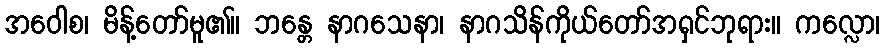
အဝေါစ၊ မိန့်တော်မူ၏။ ဘန္တေ နာဂသေနာ၊ နာဂသိန်ကိုယ်တော်အရှင်ဘုရား။ ကလ္လော၊